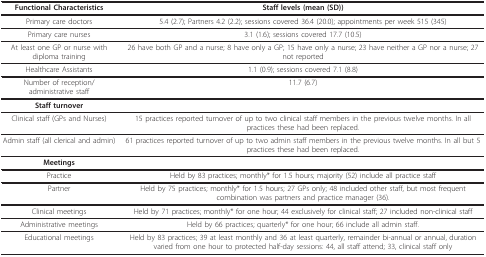
| Functional Characteristics | Staff levels (mean (SD)) |
 | --- | --- |
 | Primary care doctors | 5.4 (2.7); Partners 4.2 (2.2); sessions covered 36.4 (20.0); appointments per week 515 (345) |
 | Primary care nurses | 3.1 (1.6); sessions covered 17.7 (10.5) |
 | At least one GP or nurse with diploma training | 26 have both GP and a nurse; 8 have only a GP; 15 have only a nurse; 23 have neither a GP nor a nurse; 27 not reported |
 | Healthcare Assistants | 1.1 (0.9); sessions covered 7.1 (8.8) |
 | Number of reception/administrative staff | 11.7 (6.7) |
 | Staff turnover |  |
 | Clinical staff (GPs and Nurses) | 15 practices reported turnover of up to two clinical staff members in the previous twelve months. In all practices these had been replaced. |
 | Admin staff (all clerical and admin) | 61 practices reported turnover of up to two admin staff members in the previous twelve months. In all but 5 practices these had been replaced. |
 | Meetings |  |
 | Practice | Held by 83 practices; monthly* for 1.5 hours; majority (52) include all practice staff |
 | Partner | Held by 75 practices; monthly* for 1.5 hours; 27 GPs only; 48 included other staff, but most frequent combination was partners and practice manager (36). |
 | Clinical meetings | Held by 71 practices; monthly* for one hour; 44 exclusively for clinical staff; 27 included non-clinical staff |
 | Administrative meetings | Held by 66 practices; quarterly* for one hour; 66 include all admin staff. |
 | Educational meetings | Held by 83 practices; 39 at least monthly and 36 at least quarterly, remainder bi-annual or annual, duration varied from one hour to protected half-day sessions: 44, all staff attend; 33, clinical staff only |